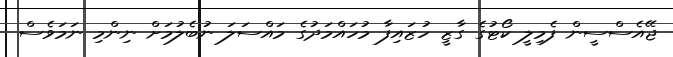
ޖޭއެސްސީން ފެމިލީ ކޯޓުގެ ގާޒީ ހުޒައިފާ މުހައްމަދުގެ މައްސަލަ ނުބެލުމަށް ނިންމި ނަމަވެސް